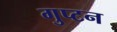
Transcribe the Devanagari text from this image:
गुप्टन